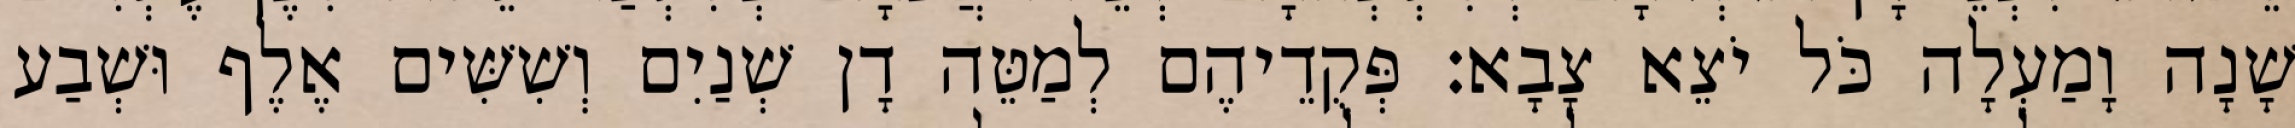
שָׁנָה וָמַעְלָה כֹּל יֹצֵא צָבָא׃ פְּקֻדֵיהֶם לְמַטֵּה דָן שְׁנַיִם וְשִׁשִּׁים אֶלֶף וּשְׁבַע